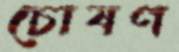
চোষণ